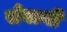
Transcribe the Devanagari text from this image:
सेवानी